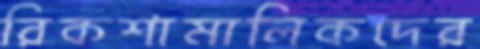
রিকশামালিকদের